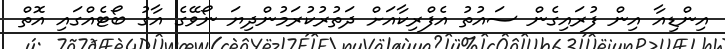
އިންޑިއާ އިން ފުރައިގެން ސައުތު އެފްރިކާއަށް ދަތުރުކުރަމުންދިޔަ ނޯވޭގެ އާގު ބޯޓެއްގައި އޮތް